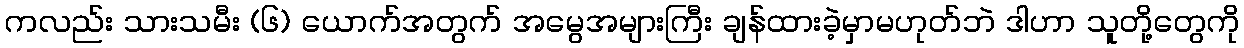
ကလည်း သားသမီး (၆) ယောက်အတွက် အမွေအများကြီး ချန်ထားခဲ့မှာမဟုတ်ဘဲ ဒါဟာ သူတို့တွေကို